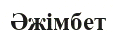
Әжімбет